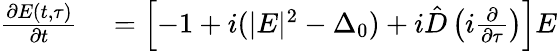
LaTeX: \begin{array}{rl}{\frac{\partial E(t,\tau)}{\partial t}}&{{}=\left[-1+i(|E|^{2}-\Delta_{0})+i\hat{D}\left(i\frac{\partial}{\partial\tau}\right)\right]E}\end{array}